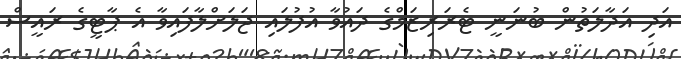
އަދި އަދާލަތުން ބުނަނީ ޓެރަރިޒަމްގެ ދައުވާ އުފުލައި ޖަލަށްލާފައިވާ އެ ޕާޓީގެ ރައީސް